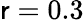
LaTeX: \mathsf{r}=0.3